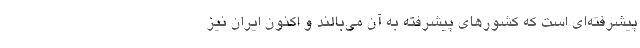
پیشرفته‌ای است که کشورهای پیشرفته به آن می‌بالند و اکنون ایران نیز